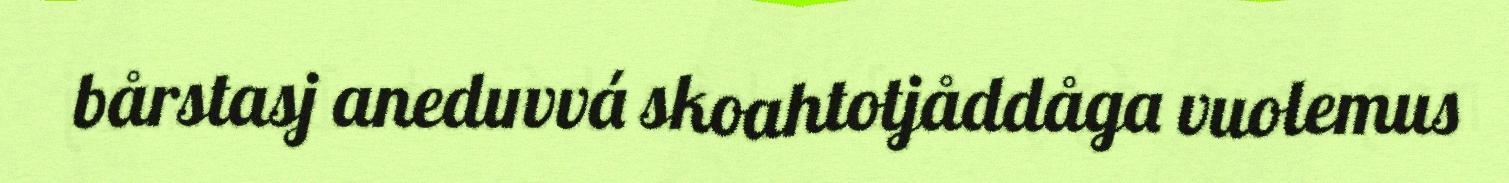
bårstasj aneduvvá skoahtotjåddåga vuolemus